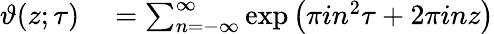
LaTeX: \begin{array}{rl}{\vartheta(z;\tau)}&{{}=\sum_{n=-\infty}^{\infty}\exp\left(\pi in^{2}\tau+2\pi inz\right)}\end{array}